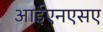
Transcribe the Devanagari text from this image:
आईएनएसए